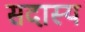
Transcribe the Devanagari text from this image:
सदास्य